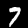
Label: 7